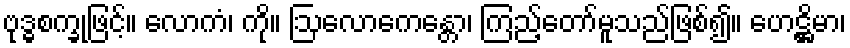
ဗုဒ္ဓစက္ခုဖြင့်။ လောကံ၊ ကို။ ဩလောကေန္တော၊ ကြည့်တော်မူသည်ဖြစ်၍။ ဟေဋ္ဌိမာ၊